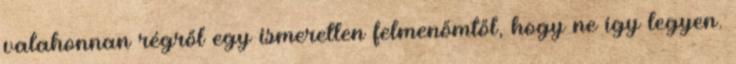
valahonnan régről egy ismeretlen felmenőmtől, hogy ne így legyen.